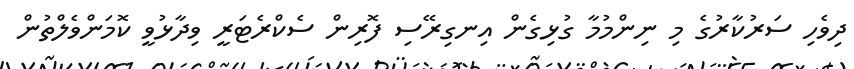
ދިވެހި ސަރުކާރުގެ މި ނިންމުމާ ގުޅިގެން އިނގިރޭސި ފޮރިން ސެކްރެޓަރީ ވިދާޅުވީ ކޮމަންވެލްތުން